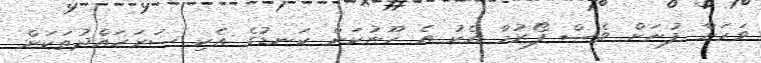
ވަރަށް ފުނަށް ވެސް ފޯރުމާ އެކު އެ ހޫނުކަން ކަނޑުގެ އެކި ސަރަހައްދުތަކަށް